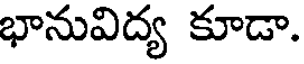
భానువిద్య కూడా.